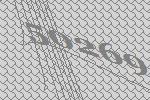
50269